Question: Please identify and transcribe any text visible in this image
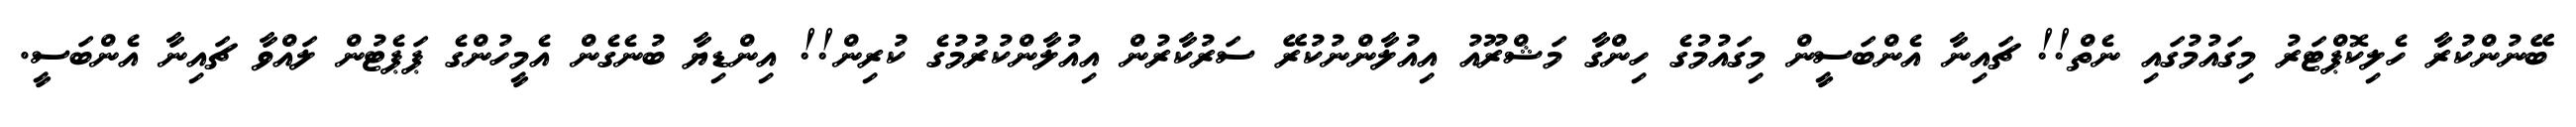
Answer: ބޭނުންކުރާ ހެލިކޮޕްޓަރު މިގައުމުގައި ނެތް!! ޗައިނާ އެންބަސީން މިގައުމުގެ ހިންގާ މަޝްރޫއު އިއުލާންނުކުރޭ ސަރުކާރުން އިއުލާންކުރުމުގެ ކުރިން!! އިންޑިޔާ ބުނެގެން އެމީހުންގެ ޕަޕެޓުން ލައްވާ ޗައިނާ އެންބަސީ.